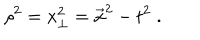
\rho ^ { 2 } = x _ { \perp } ^ { 2 } = \vec { x } ^ { 2 } - t ^ { 2 } \; .